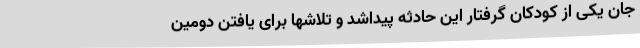
جان یکی از کودکان گرفتار این حادثه پیداشد و تلاشها برای یافتن دومین